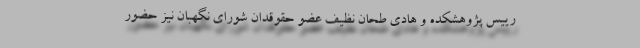
رییس پژوهشکده و هادی طحان نظیف عضو حقوقدان شورای نگهبان نیز حضور